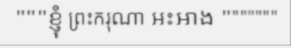
"""ខ្ញុំ ព្រះករុណា អះអាង """""""